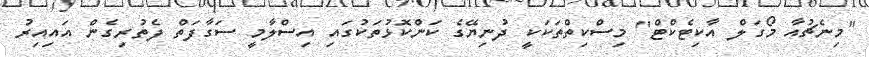
"މިނެޗުއާ މޯގަލް އާކިޓެކްޓް" މިސްކިތްތަކަކީ ދުނިޔޭގެ ކަންކޮޅުތަކުގައި އިސްލާމީ ސަގާފަތް ފެތުރިގެން އައިއިރު